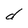
Character: d